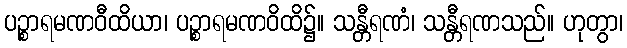
ပဉ္စာရမဏဝီထိယာ၊ ပဉ္စာရမဏဝိထိ၌။ သန္တီရဏံ၊ သန္တီရဏသည်။ ဟုတွာ၊